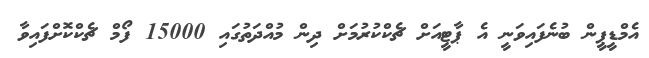
އެމްޑީޕީން ބުނެފައިވަނީ އެ ޕާޓީއަށް ޗެކްކުރުމަށް ދިން މުއްދަތުގައި 15000 ފޯމް ޗެކްކޮށްފައިވާ